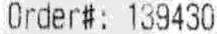
ORDER#: 139430